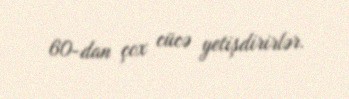
60-dan çox cücə yetişdirirlər.